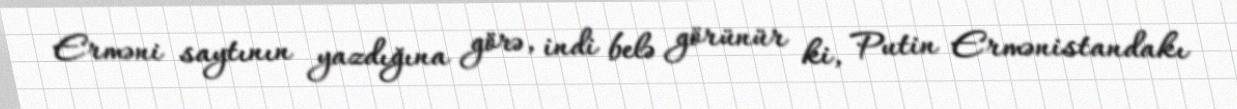
Erməni saytının yazdığına görə, indi belə görünür ki, Putin Ermənistandakı